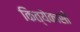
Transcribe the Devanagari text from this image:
कित्येकासी